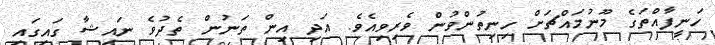
ހަނީފާއްތަގެ މޫނުމައްޗަށް ހިނިތުންވުން ވެރިވިއެވެ. އަދި އިން ތަނުން ތެދުވެ ނައިޝާ ގަައިގައި